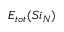
E _ { t o t } ( S i _ { N } )